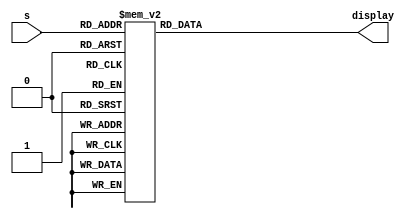

// Bradley Manzo
// 916953788
// May 19th, 2022
// Prof Hussain Al-Asaad

module seg7(

input [3:0] s,

output reg [7:0] display

);
//=======================================================
//  Structural coding
//=======================================================

always @* begin
// 0
case (s)
	4'b0000: begin
	display =  8'b11000000;
	end
// 1
	4'b0001: begin
	display =  8'b11111001;
	end
// 2
	4'b0010: begin
	display = 8'b10100100;
	end
// 3
	4'b0011: begin
	display = 8'b10110000;
	end
// 4
	4'b0100: begin
	display =  8'b10011001;
	end
// 5
	4'b0101: begin
	display =  8'b10010010;
	end
// 6
	4'b0110: begin
	display =  8'b10000010;
	end
// 7
	4'b0111: begin
	display =  8'b11111000;
	end
// 8
	4'b1000: begin
	display =  8'b10000000;
	end
// 9
	4'b1001: begin
	display =  8'b10010000;
	end
// A
	4'b1010: begin
	display =  8'b10001000;
	end
// B
	4'b1011: begin
	display =  8'b10000011;
	end
// C
	4'b1100: begin
	display =  8'b11000110;
	end
// D
	4'b1101: begin
	display =  8'b10100001;
	end
// E
	4'b1110: begin
	display =  8'b10000110;
	end
// F
	4'b1111: begin
	display =  8'b10001110;
	end
endcase
end
endmodule